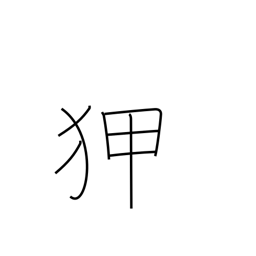
Meaning: experienced